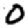
Digit: 0